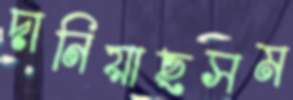
দানিয়াছসম